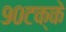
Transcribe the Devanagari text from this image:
९०टक्के